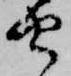
由